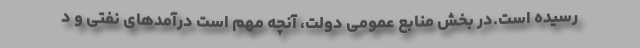
رسیده است.در بخش منابع عمومی دولت، آنچه مهم است درآمدهای نفتی و د